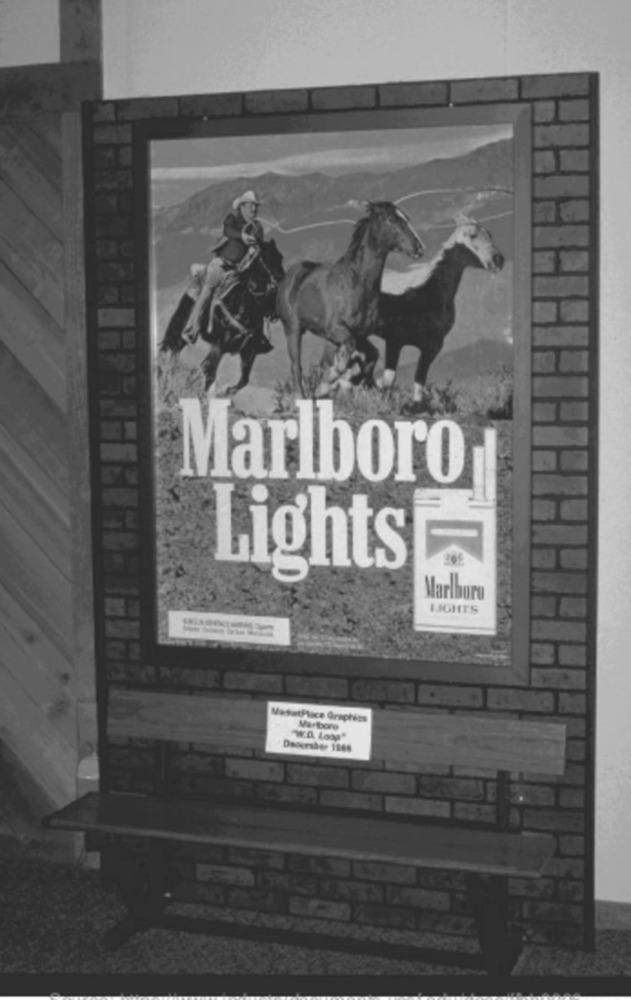
Marlboro
Lights
Marlboro
LIGHTS
MasetPlice Graphies
Marlboro
W.D. Logg"
Deversher 1968